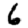
Digit: 6